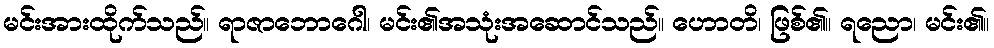
မင်းအားထိုက်သည်။ ရာဇာဘောဂေါ၊ မင်း၏အသုံးအဆောင်သည်။ ဟောတိ၊ ဖြစ်၏။ ရညော၊ မင်း၏။